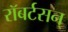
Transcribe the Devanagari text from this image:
रॉबर्टसन्